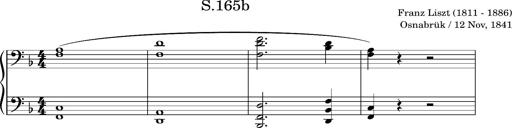
Title: Album-Leaf 'OsnabrÃ¼ck'
Composer: Franz Liszt
Key: F major